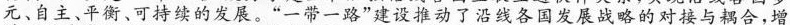
元、自主、平衡、可持续的发展。”一带一路”建设推动了沿线各国发展战略的对接与耦合，增